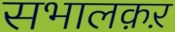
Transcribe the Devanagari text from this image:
सभालक़ऱ